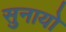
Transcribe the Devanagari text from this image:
सुनायो